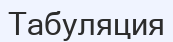
Табуляция